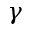
\gamma